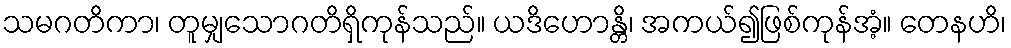
သမဂတိကာ၊ တူမျှသောဂတိရှိကုန်သည်။ ယဒိဟောန္တိ၊ အကယ်၍ဖြစ်ကုန်အံ့။ တေနဟိ၊